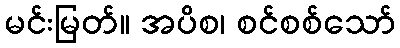
မင်းမြတ်။ အပိစ၊ စင်စစ်သော်